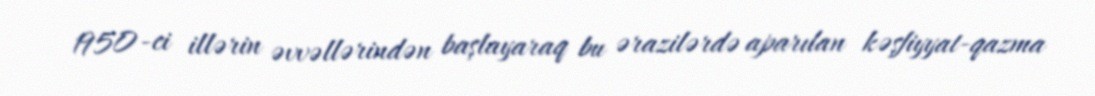
1950-ci illərin əvvəllərindən başlayaraq bu ərazilərdə aparılan kəşfiyyat-qazma